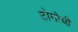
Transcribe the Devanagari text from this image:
टोगोची